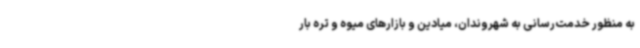
به منظور خدمت‌رسانی به شهروندان، میادین و بازارهای میوه و تره بار